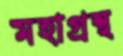
মহাগ্রন্থ